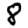
Digit: 8